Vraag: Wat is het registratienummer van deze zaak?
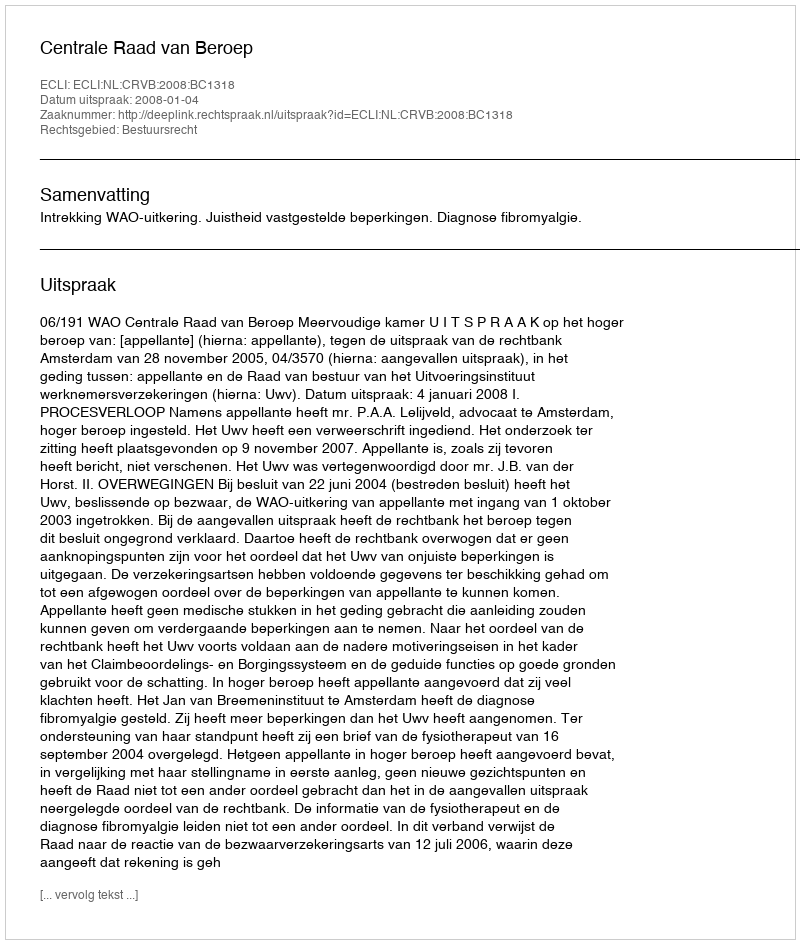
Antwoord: http://deeplink.rechtspraak.nl/uitspraak?id=ECLI:NL:CRVB:2008:BC1318